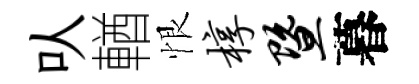
㕥輶恨椁暨暮